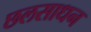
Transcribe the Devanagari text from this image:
छलसाधन